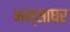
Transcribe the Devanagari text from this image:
भन्साघर